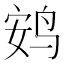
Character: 𫛩